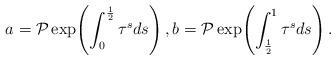
LaTeX: \begin{align*}a=\mathcal P\exp\!\left(\int_0^{\frac 1 2}\tau^sds\right),b=\mathcal P\exp\!\left(\int_{\frac 1 2}^1\tau^sds\right).\end{align*}